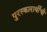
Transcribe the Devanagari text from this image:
पुरस्कारार्थीची